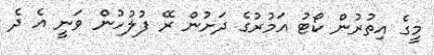
މީގެ އިތުރުން ކޯޓު އަމުރުގެ ދަށުން ރޭ ފުލުހުން ވަނީ އެ ދެ